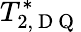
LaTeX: T_{2,\mathrm{~D~Q~}}^{*}